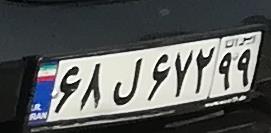
۶۸ل۶۷۲۹۹